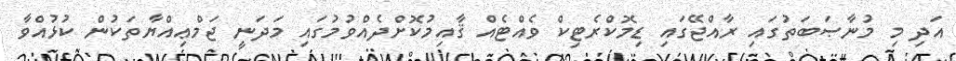
އަދި މި މުނާޞަބަތުގައި ރާއްޖޭގައި ޑިމޮކްރެޓިކް ވެއްޓެއް ޤާއިމުކޮށްދެއްވުމުގައި މަދަނީ ޖަމްޢިއްޔާތަކުން ކުޅުއްވާ